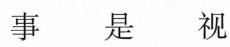
事是视